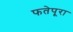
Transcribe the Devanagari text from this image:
फतेपूरा